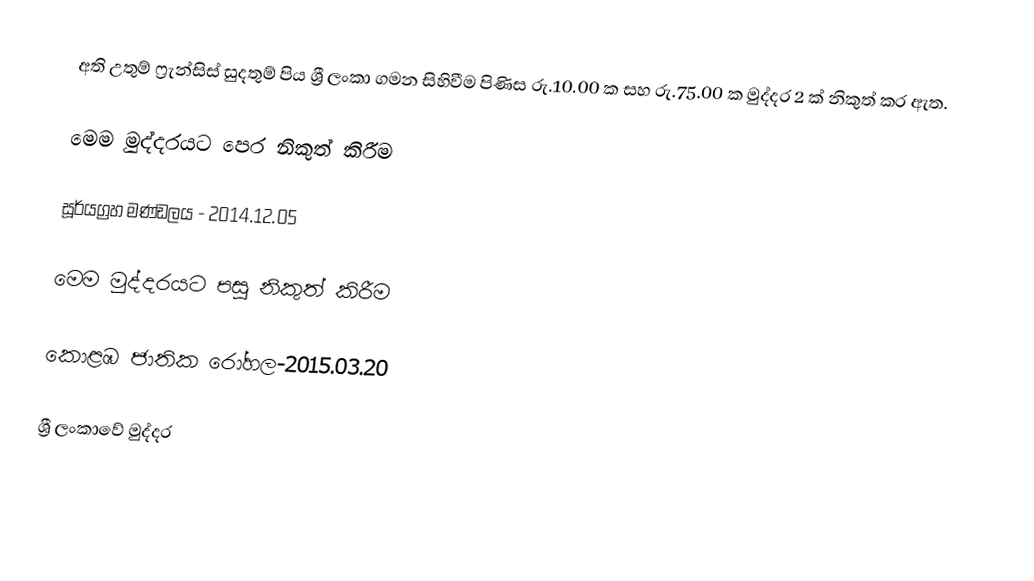
අති උතුම් ෆ්‍රැන්සිස් සුදතුම් පිය ශ්‍රී ලංකා ගමන සිහිවීම පිණිස රු.10.00 ක සහ රු.75.00 ක මුද්දර 2 ක් නිකුත් කර ඇත.

මෙම මුද්දරයට පෙර නිකුත් කිරීම

සූර්යග්‍රහ මණ්ඩලය - 2014.12.05

මෙම මුද්දරයට පසු නිකුත් කිරීම

කොළඹ ජාතික රෝහල-2015.03.20

ශ්‍රී ලංකාවේ මුද්දර